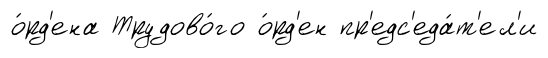
о́рд'ена Трудово́го о́рд'ен пр'едс'еда́т'ел'и